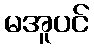
မအူပင်